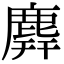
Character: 𪊑